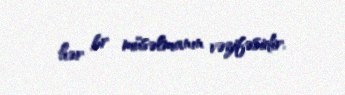
hər br müsəlmanın vəzifəsidir.